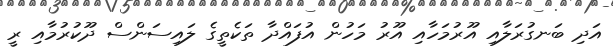
އަދި ބަނގުރަލާއި އޫރުމަހާއި އޫރު މަހުން އުފައްދާ ތަކެތީގެ ލައިސަންސް ދޫކުރުމާއި ރީ